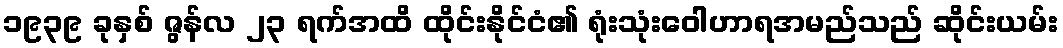
၁၉၃၉ ခုနှစ် ဇွန်လ ၂၃ ရက်အထိ ထိုင်းနိုင်ငံ၏ ရုံးသုံးဝေါဟာရအမည်သည် ဆိုင်းယမ်း